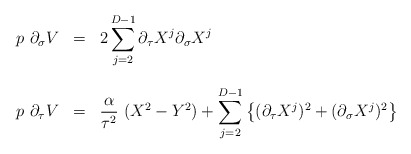
\begin{align*}\begin{array}{lcl}p~ \partial_{\sigma} V & = & {\displaystyle 2 \sum_{j=2}^{D-1}\partial_{\tau} X^j \partial_{\sigma} X^j } \\ & & \\p~ \partial_{\tau} V & = & {\displaystyle \frac{\alpha}{\tau^2}~(X^2-Y^2) + \sum_{j=2}^{D-1} \left\{ (\partial_{\tau} X^j)^2 + (\partial_{\sigma} X^j)^2 \right\} }\end{array}\end{align*}